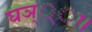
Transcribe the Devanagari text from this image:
घञ््‌ा।